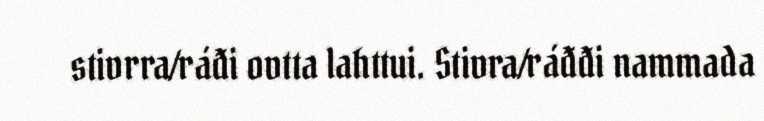
stivrra/ráđi ovtta lahttui. Stivra/ráđđi nammada